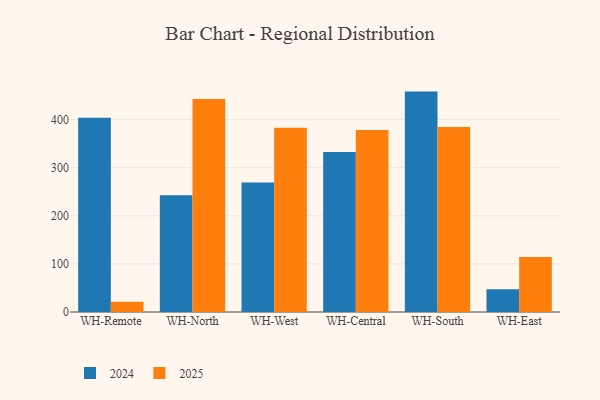
{"axis": {"x": "Warehouse", "y": "Latency (ms)"}, "legend": ["2024", "2025"], "data": [{"x": "WH-Remote", "y": 21.1, "type": "2025"}, {"x": "WH-Remote", "y": 404.1, "type": "2024"}, {"x": "WH-North", "y": 443.1, "type": "2025"}, {"x": "WH-North", "y": 242.7, "type": "2024"}, {"x": "WH-West", "y": 383.0, "type": "2025"}, {"x": "WH-West", "y": 269.2, "type": "2024"}, {"x": "WH-Central", "y": 378.7, "type": "2025"}, {"x": "WH-Central", "y": 332.8, "type": "2024"}, {"x": "WH-South", "y": 384.7, "type": "2025"}, {"x": "WH-South", "y": 458.4, "type": "2024"}, {"x": "WH-East", "y": 114.3, "type": "2025"}, {"x": "WH-East", "y": 47.5, "type": "2024"}]}